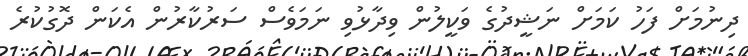
ދިނުމަށް ފަހު ކަމަށް ނަޝީދުގެ ވަކީލުން ވިދާޅުވި ނަމަވެސް ސަރުކާރުން އެކަން ދޮގުކުރެ